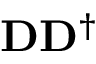
\mathbf { D } \mathbf { D } ^ { \dagger }